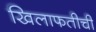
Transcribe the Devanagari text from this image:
खिलाफतीची